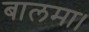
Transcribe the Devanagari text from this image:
बालमा।